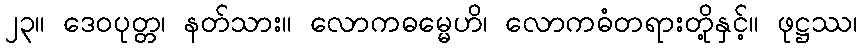
၂၃။ ဒေဝပုတ္တ၊ နတ်သား။ လောကဓမ္မေဟိ၊ လောကဓံတရားတို့နှင့်။ ဖုဋ္ဌဿ၊